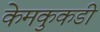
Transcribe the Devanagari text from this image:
केमकुकडी